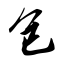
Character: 包